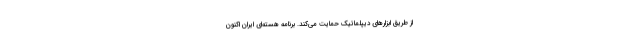
از طریق ابزارهای دیپلماتیک حمایت می‌کند. برنامه هسته‌ای ایران اکنون